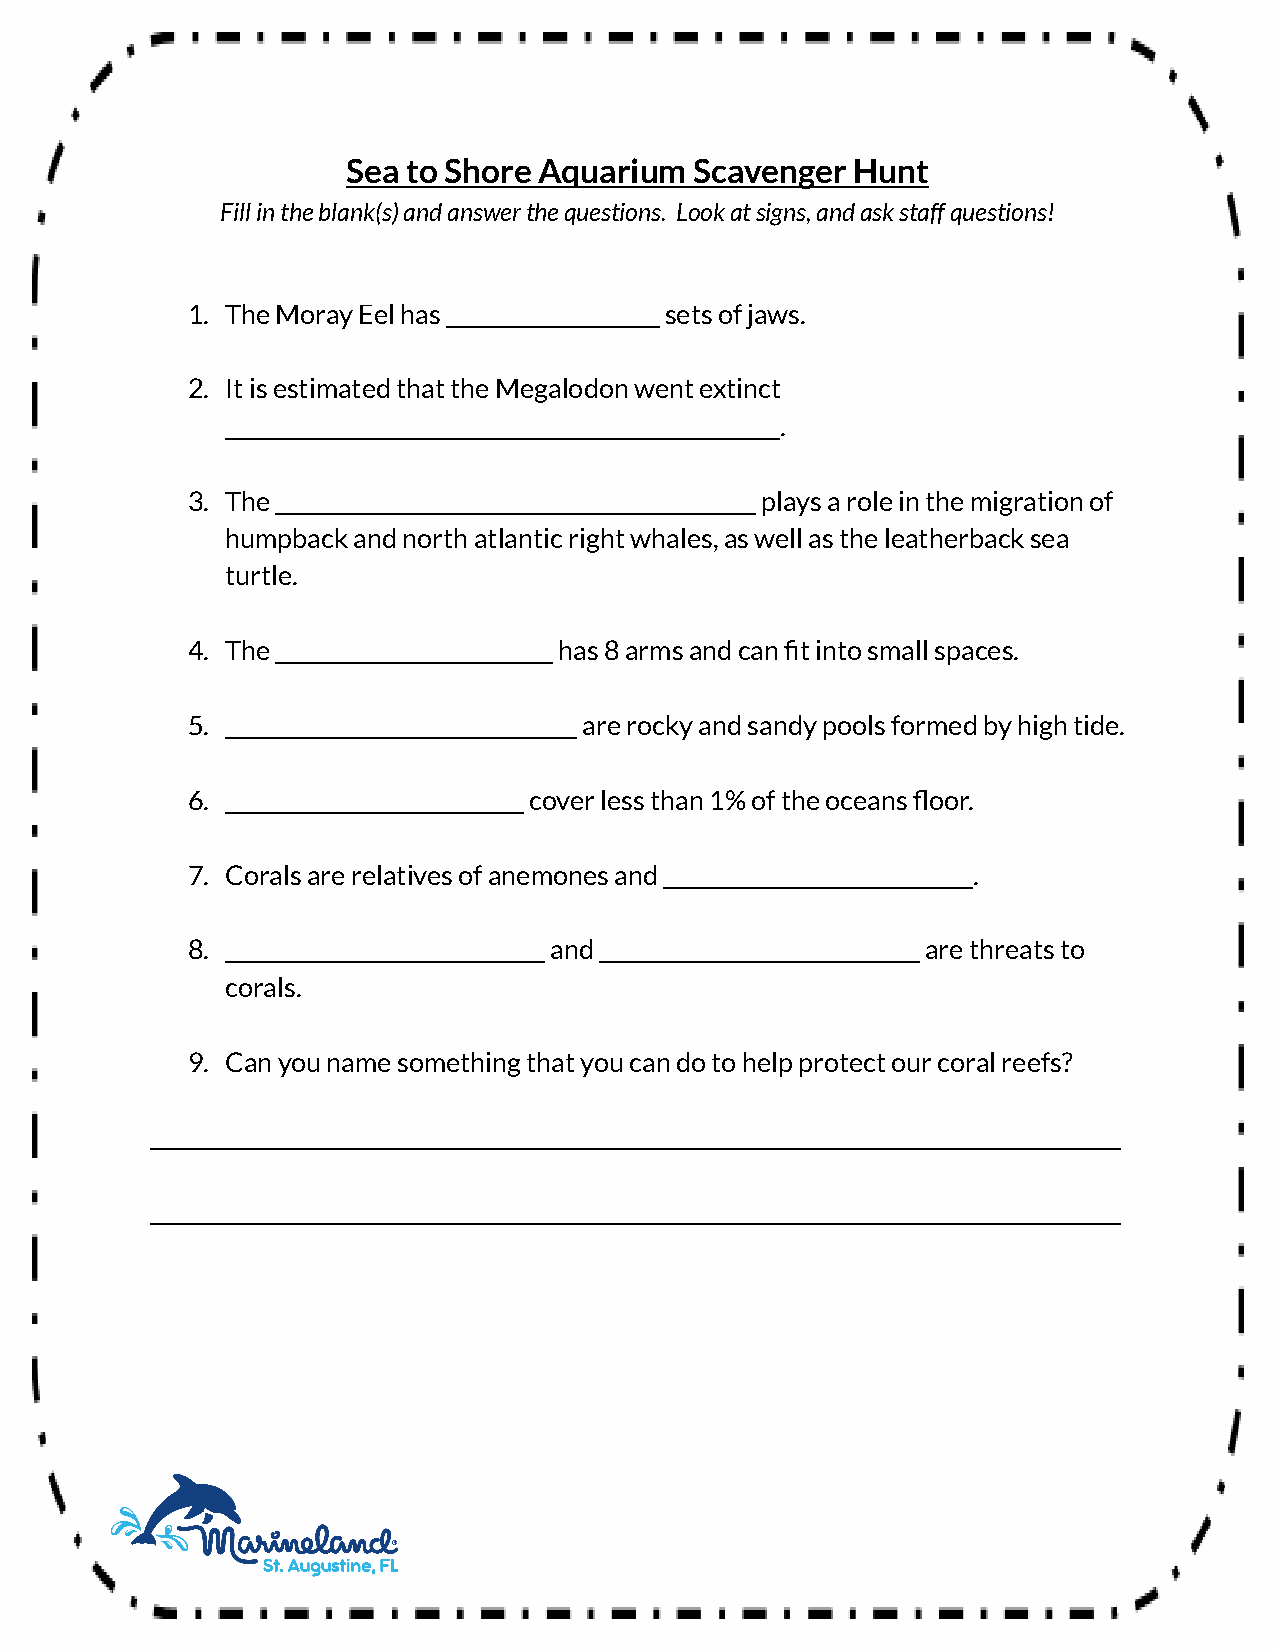
Sea to Shore Aquarium  Scavenger Hunt
 Fill in the blank(s) and answer the questions. Look at signs, and ask staff questions!
 1. The Moray Eel has ____________________ sets of jaws.
 2. It is estimated that the Megalodon went extinct
 ____________________________________________________.
 3. The _____________________________________________ plays a role in the migration of
 humpback and north atlantic right whales, as well as the leatherback sea
 turtle.
 4. The __________________________ has 8 arms and can fit into small spaces.
 5. _________________________________ are rocky and sandy pools formed by high tide.
 6. ____________________________ cover less than 1% of the oceans floor.
 7. Corals are relatives of anemones and _____________________________.
 8. ______________________________ and ______________________________ are threats to
 corals.
 9. Can you name something that you can do to help protect our coral reefs?
 ___________________________________________________________________________________________
 ___________________________________________________________________________________________